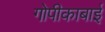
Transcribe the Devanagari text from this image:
गोपीकाबाई